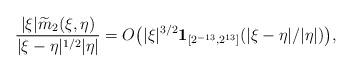
LaTeX: \begin{align*}\frac{|\xi| \widetilde{m}_2(\xi,\eta)}{|\xi-\eta|^{1/2} |\eta|} & = O\big( |\xi|^{3/2} \mathbf{1}_{[2^{-13},2^{13}]}(|\xi-\eta|/|\eta|) \big),\end{align*}